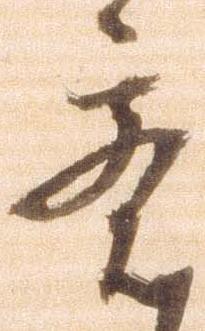
意